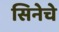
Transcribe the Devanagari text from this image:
सिनेचे